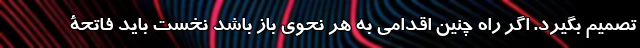
تصمیم بگیرد. اگر راه چنین اقدامی به هر نحوی باز باشد نخست باید فاتحۀ